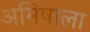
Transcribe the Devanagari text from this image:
अमिषाला